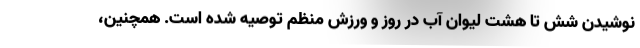
نوشیدن شش تا هشت لیوان آب در روز و ورزش منظم توصیه شده است. همچنین،